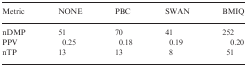
<table><thead><tr><td><b>Metric</b></td><td><b>NONE</b></td><td><b>PBC</b></td><td><b>SWAN</b></td><td><b>BMIQ</b></td></tr></thead><tbody><tr><td>nDMP</td><td>51</td><td>70</td><td>41</td><td>252</td></tr><tr><td>PPV</td><td>0.25</td><td>0.18</td><td>0.19</td><td>0.20</td></tr><tr><td>nTP</td><td>13</td><td>13</td><td>8</td><td>51</td></tr></tbody></table>